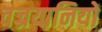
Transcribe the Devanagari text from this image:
वज्रयानियों